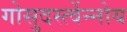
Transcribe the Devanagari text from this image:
गोसुदर्स्त्वेन्नोय